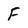
Character: F